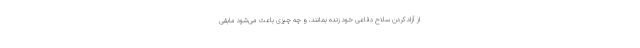
از آزاد کردن سلاح دفاعی خود زنده بمانند، و چه چیزی باعث می‌شود مابقی